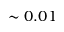
\sim 0 . 0 1